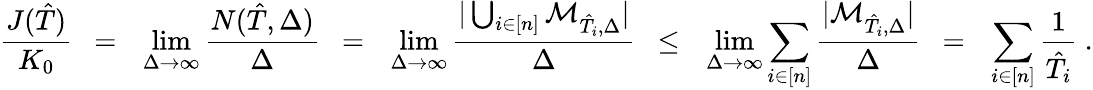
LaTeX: \frac{J(\hat{T})}{K_{0}}~~=~~\operatorname*{lim}_{\Delta\to\infty}\frac{N(\hat{T},\Delta)}{\Delta}~~=~~\operatorname*{lim}_{\Delta\to\infty}\frac{|\bigcup_{i\in[n]}{\cal M}_{\hat{T}_{i},\Delta}|}{\Delta}~~\leq~~\operatorname*{lim}_{\Delta\to\infty}\sum_{i\in[n]}\frac{|{\cal M}_{\hat{T}_{i},\Delta}|}{\Delta}~~=~~\sum_{i\in[n]}\frac{1}{\hat{T}_{i}}\ .